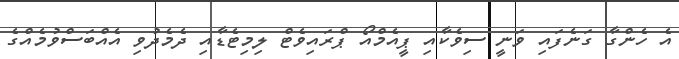
އެ ހެންގާ ގަނެފައި ވަނީ ސިވެކާއި ޕީއެމްއޯ ޕްރައިވެޓް ލިމިޓެޑާއި ދެމެދުވި އެއްބަސްވުމެއްގެ